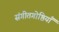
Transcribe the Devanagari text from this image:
संगीतगोष्ठियाँ